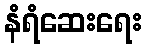
နံရံဆေးရေး